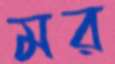
মর